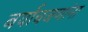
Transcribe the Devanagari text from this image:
बर्याचजणांना